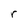
Character: r